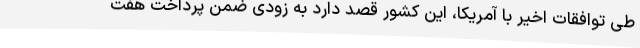
طی توافقات اخیر با آمریکا، این کشور قصد دارد به زودی ضمن پرداخت هفت